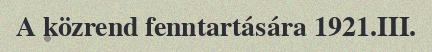
A közrend fenntartására 1921.III.